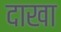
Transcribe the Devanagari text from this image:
दाखा